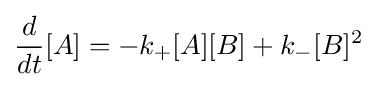
{d \over dt}[A]=-k_{+}[A][B]+k_{-}[B]^{2}